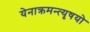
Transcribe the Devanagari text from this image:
येनाक्रमन्त्यृषयो